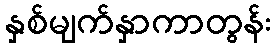
နှစ်မျက်နှာကာတွန်း